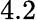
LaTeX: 4.2